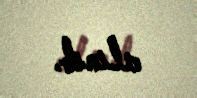
alınıb.